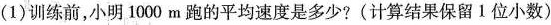
(1)训练前，小明1000m跑的平均速度是多少?(计算结果保留1位小数)